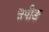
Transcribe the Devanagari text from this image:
सपीङ